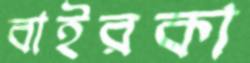
বাইরকা